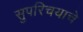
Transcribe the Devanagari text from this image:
सुपरिचयाचे